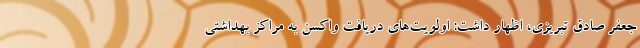
جعفر صادق تبریزی، اظهار داشت: اولویت‌های دریافت واکسن به مراکز بهداشتی